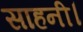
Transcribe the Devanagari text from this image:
साहनी।